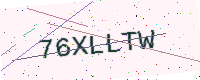
Text: 76XLLTW